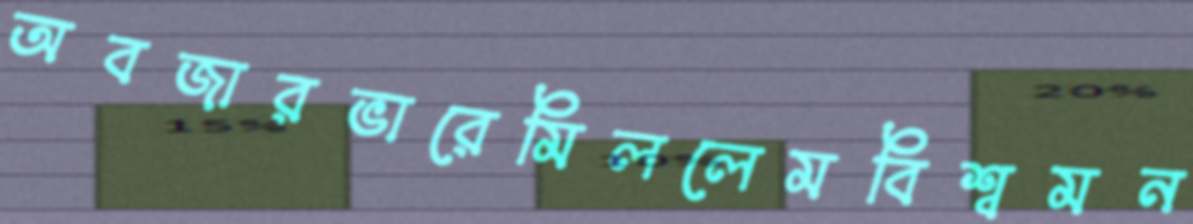
অবজারভারেমিললেমবিশ্বমন